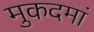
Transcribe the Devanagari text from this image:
मुकदमां